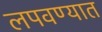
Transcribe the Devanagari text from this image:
लपवण्यात